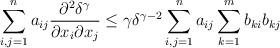
LaTeX: \begin{align*}\sum_{i,j=1}^n a_{ij}\frac{\partial^2\delta^\gamma}{\partial x_i\partial x_j}\leq \gamma\delta^{\gamma-2}\sum_{i,j=1}^n a_{ij}\sum_{k=1}^mb_{ki}b_{kj}\end{align*}